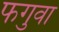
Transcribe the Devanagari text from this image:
फगुवा